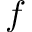
f